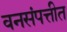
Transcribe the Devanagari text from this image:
वनसंपत्तीत